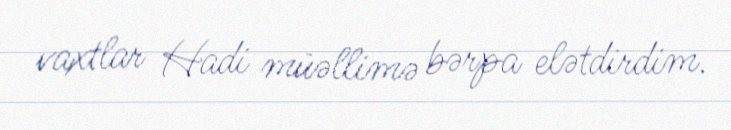
vaxtlar Hadi müəllimə bərpa elətdirdim.